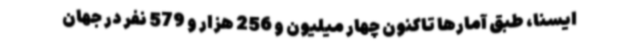
ایسنا، طبق آمارها تاکنون چهار میلیون و 256 هزار و 579 نفر در جهان